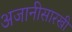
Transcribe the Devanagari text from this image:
अजानीसारखी